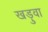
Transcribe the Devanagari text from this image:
खड़ुवा